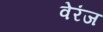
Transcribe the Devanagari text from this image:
वेरंज